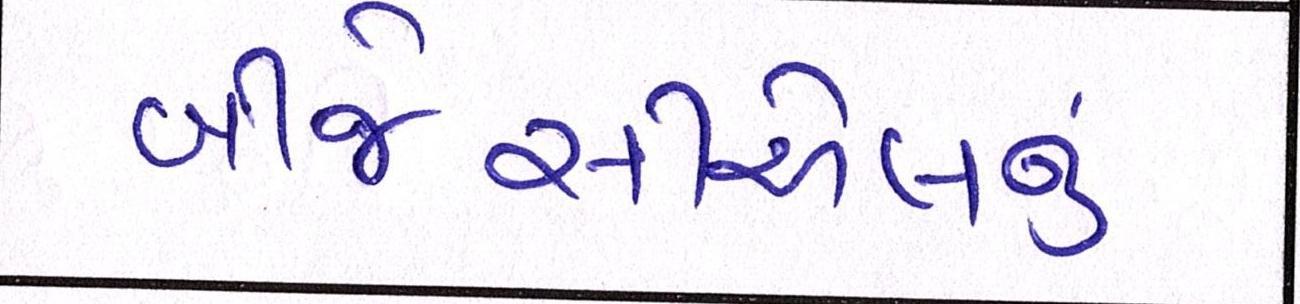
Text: બીજેસીએલનું